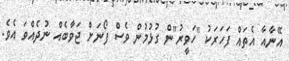
އޭނާއާ އެތައް ފަހަރަކު "ހަވީރު"ން ގުޅުމުން ވެސް ފޯނަށް ޖަވާބެއް ނުދެއްވަ އެވެ.